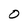
Character: O